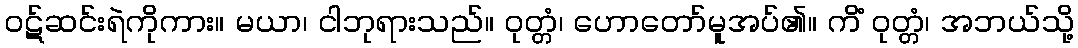
ဝဋ်ဆင်းရဲကိုကား။ မယာ၊ ငါဘုရားသည်။ ဝုတ္တံ၊ ဟောတော်မူအပ်၏။ ကိံ ဝုတ္တံ၊ အဘယ်သို့